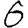
Digit: 6